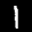
Label: 1